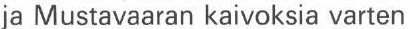
ja Mustavaaran kaivoksia varten